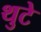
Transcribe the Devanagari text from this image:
थुटे